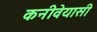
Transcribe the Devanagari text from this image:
कनीवेयासी